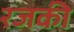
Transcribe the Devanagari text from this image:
रजकी